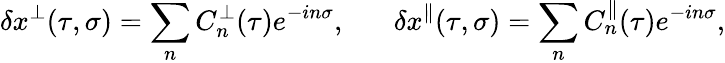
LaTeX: \delta x^{\perp}(\tau,\sigma)=\sum_{n}C_{n}^{\perp}(\tau)e^{-in\sigma},\; \; \; \; \; \; \delta x^{\parallel}(\tau,\sigma)=\sum_{n}C_{n}^{\parallel}(\tau)e^{-in\sigma},